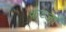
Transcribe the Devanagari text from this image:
कव्जा